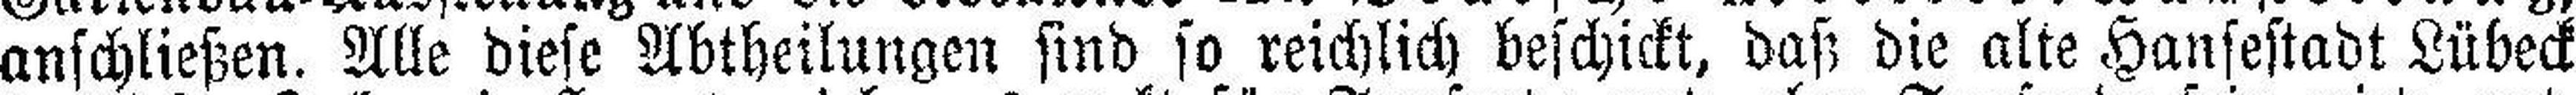
anschließen. Alle diese Abtheilungen sind so reichlich beschickt, daß die alte Hansestadt Lübeck